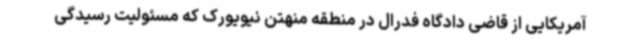
آمریکایی از قاضی دادگاه فدرال در منطقه منهتن نیویورک که مسئولیت رسیدگی